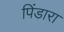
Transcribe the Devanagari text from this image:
पिंडारा